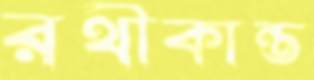
রথীকান্ত